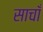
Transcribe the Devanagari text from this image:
साचाँ